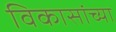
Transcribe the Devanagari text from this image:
विकासांच्या